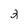
Character: 2